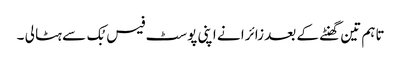
تاہم تین گھنٹے کے بعد زائرا نے اپنی پوسٹ فیس بُک سے ہٹا لی ۔